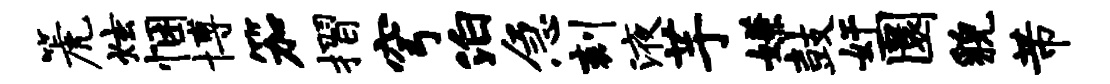
篪炫悃博笳摺穹泊急刻液芋嫌鼓奸圜貌芾